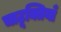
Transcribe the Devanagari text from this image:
चाटूक्तियाँ